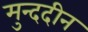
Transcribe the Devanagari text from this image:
मुन्ददीन